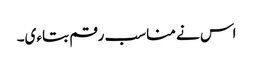
اس نے مناسب رقم بتاءی۔